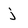
Character: j